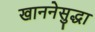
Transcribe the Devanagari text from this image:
खाननेसुद्धा